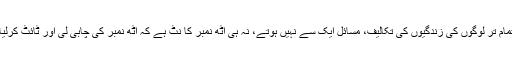
تمام تر لوگوں کی زندگیوں کی تکالیف، مسائل ایک سے نہیں ہوتے، نہ ہی آٹھ نمبر کا نٹ ہے کہ آٹھ نمبر کی چابی لی اور ٹائٹ کرلیا۔